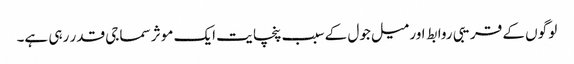
لو گوں کے قریبی روابط اور میل جول کے سبب پنچا یت ایک موثر سماجی قدر رہی ہے۔